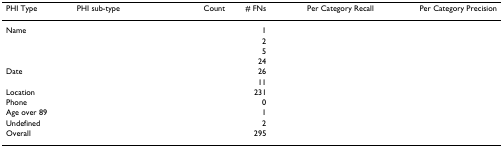
<table><thead><tr><td><b>PHI Type</b></td><td><b>PHI sub-type</b></td><td><b>Count</b></td><td><b># FNs</b></td><td><b>Per Category Recall</b></td><td><b>Per Category Precision</b></td></tr></thead><tbody><tr><td>Name</td><td>[EMPTY_CELL]</td><td>[EMPTY_CELL]</td><td>1</td><td>[EMPTY_CELL]</td><td>[EMPTY_CELL]</td></tr><tr><td>[EMPTY_CELL]</td><td>[EMPTY_CELL]</td><td>[EMPTY_CELL]</td><td>2</td><td>[EMPTY_CELL]</td><td>[EMPTY_CELL]</td></tr><tr><td>[EMPTY_CELL]</td><td>[EMPTY_CELL]</td><td>[EMPTY_CELL]</td><td>5</td><td>[EMPTY_CELL]</td><td>[EMPTY_CELL]</td></tr><tr><td>[EMPTY_CELL]</td><td>[EMPTY_CELL]</td><td>[EMPTY_CELL]</td><td>24</td><td>[EMPTY_CELL]</td><td>[EMPTY_CELL]</td></tr><tr><td>Date</td><td>[EMPTY_CELL]</td><td>[EMPTY_CELL]</td><td>26</td><td>[EMPTY_CELL]</td><td>[EMPTY_CELL]</td></tr><tr><td>[EMPTY_CELL]</td><td>[EMPTY_CELL]</td><td>[EMPTY_CELL]</td><td>11</td><td>[EMPTY_CELL]</td><td>[EMPTY_CELL]</td></tr><tr><td>Location</td><td>[EMPTY_CELL]</td><td>[EMPTY_CELL]</td><td>231</td><td>[EMPTY_CELL]</td><td>[EMPTY_CELL]</td></tr><tr><td>Phone</td><td>[EMPTY_CELL]</td><td>[EMPTY_CELL]</td><td>0</td><td>[EMPTY_CELL]</td><td>[EMPTY_CELL]</td></tr><tr><td>Age over 89</td><td>[EMPTY_CELL]</td><td>[EMPTY_CELL]</td><td>1</td><td>[EMPTY_CELL]</td><td>[EMPTY_CELL]</td></tr><tr><td>Undefined</td><td>[EMPTY_CELL]</td><td>[EMPTY_CELL]</td><td>2</td><td>[EMPTY_CELL]</td><td>[EMPTY_CELL]</td></tr><tr><td>Overall</td><td>[EMPTY_CELL]</td><td>[EMPTY_CELL]</td><td>295</td><td>[EMPTY_CELL]</td><td>[EMPTY_CELL]</td></tr></tbody></table>